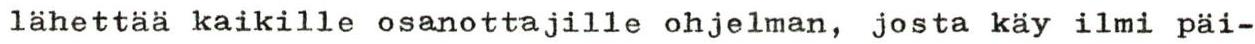
lähettää kaikille osanottajille ohjelman, josta käy ilmi päi-